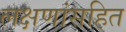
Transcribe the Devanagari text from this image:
लक्षणांसहित